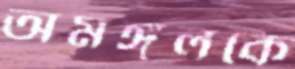
অমঙ্গলকে